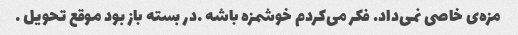
مزه‌ی خاصی نمی‌داد. فکر می‌کردم خوشمزه باشه …در بسته باز بود موقع تحویل …